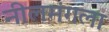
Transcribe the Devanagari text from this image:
नीलमंगला